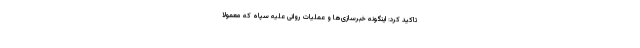
تاکید کرد: اینگونه خبرسازی‌ها و عملیات روانی علیه سپاه که معمولاً